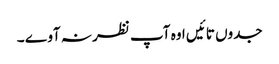
جدوں تائیں اوہ آپ نظر نہ آوے ۔